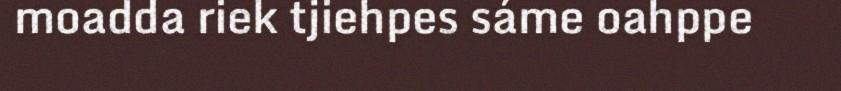
moadda riek tjiehpes sáme oahppe